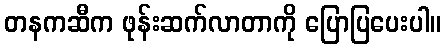
တနကဆီက ဖုန်းဆက်လာတာကို ပြောပြပေးပါ။